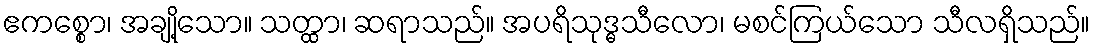
ဧကစ္စော၊ အချို့သော။ သတ္ထာ၊ ဆရာသည်။ အပရိသုဒ္ဓသီလော၊ မစင်ကြယ်သော သီလရှိသည်။